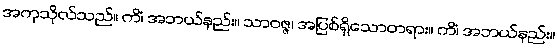
အကုသိုလ်သည်။ ကိံ၊ အဘယ်နည်း။ သာဝဇ္ဇ၊ အပြစ်ရှိသောတရား။ ကိံ၊ အဘယ်နည်း။